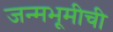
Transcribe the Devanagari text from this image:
जन्मभूमीची